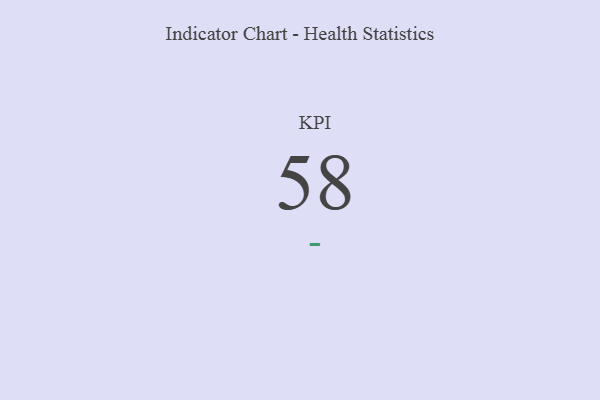
{"axis": {"x": "KPI", "y": "Value"}, "legend": [""], "data": [{"x": "KPI", "y": 58, "type": ""}]}